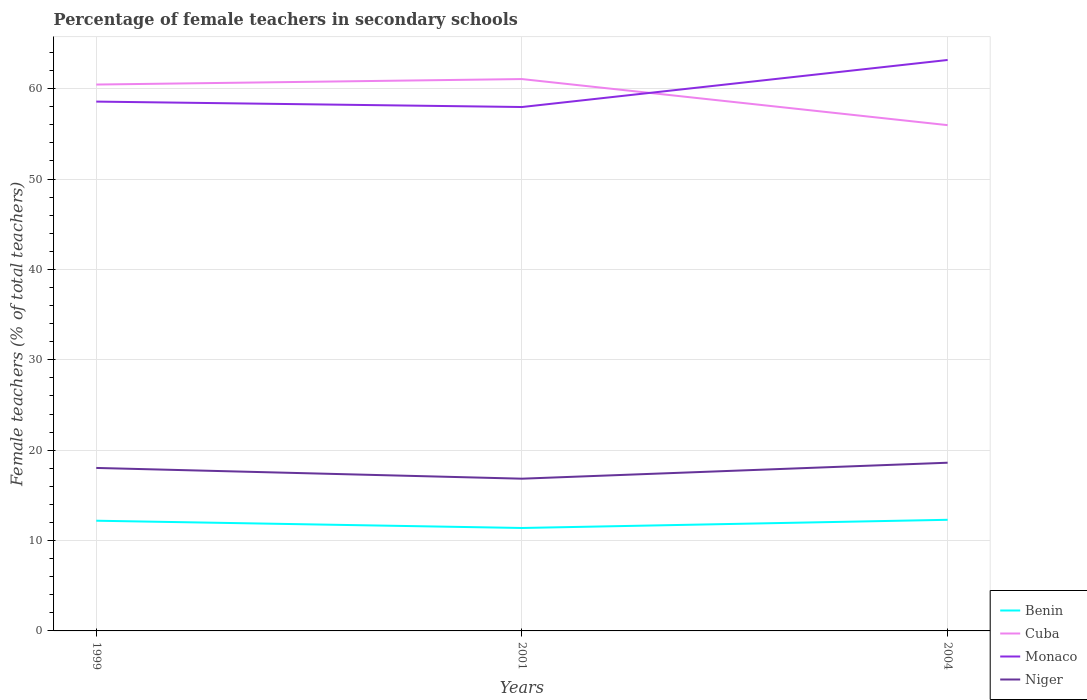
| Years | Benin | Cuba | Monaco | Niger |
 | --- | --- | --- | --- | --- |
 | 1999 | 12.2 | 60.5 | 58.6 | 18 |
 | 2001 | 11.4 | 61.1 | 58 | 16.8 |
 | 2004 | 12.3 | 56 | 63.2 | 18.6 |